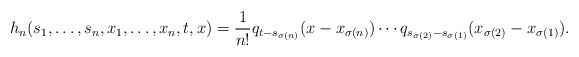
\begin{align*}h_n(s_1,\dots, s_n, x_1,\dots, x_n, t,x)=\frac{1}{n!} q_{t-s_{\sigma(n)}}(x-x_{\sigma(n)})\cdots q_{s_{\sigma(2)}-s_{\sigma(1)}}(x_{\sigma(2)}-x_{\sigma(1)}).\end{align*}